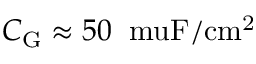
C _ { \mathrm { G } } \approx 5 0 \: \mathrm { \ m u F / c m ^ { 2 } }